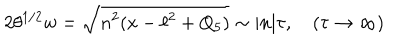
2 \theta ^ { 1 / 2 } w = \sqrt { n ^ { 2 } ( x - \ell ^ { 2 } + Q _ { 5 } ) } \sim | n | \tau , \quad ( \tau \rightarrow \infty )